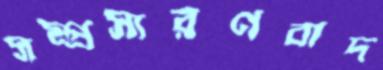
সম্প্রসারণবাদ